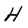
Character: H